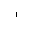
Letter: _alif